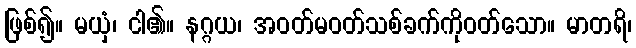
ဖြစ်၍။ မယှံ၊ ငါ၏။ နဂ္ဂယ၊ အဝတ်မဝတ်သစ်ခက်ကိုဝတ်သော။ မာတရိ၊